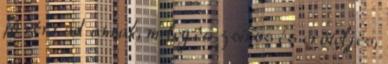
jó vért ad annak, meleg és zsíros és erõteljes,